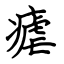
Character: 瘧